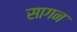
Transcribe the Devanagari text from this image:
सागन